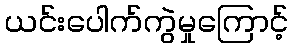
ယင်းပေါက်ကွဲမှုကြောင့်